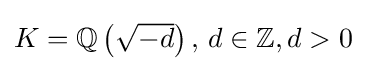
{\textstyle K=\mathbb {Q} \left({\sqrt {-d}}\right),\,d\in \mathbb {Z} ,d>0}